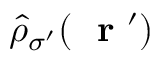
\hat { \rho } _ { \sigma ^ { \prime } } ( \mathrm { ~ \bf ~ r ~ } ^ { \prime } )